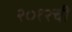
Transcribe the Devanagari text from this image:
२०१२ची